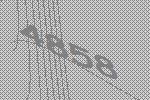
4858